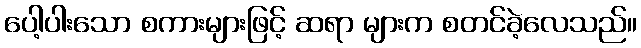
ပေါ့ပါးသော စကားများဖြင့် ဆရာ များက စတင်ခဲ့လေသည်။